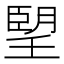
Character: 朢